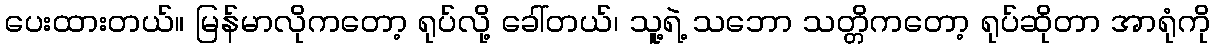
ပေးထားတယ်။ မြန်မာလိုကတော့ ရုပ်လို့ ခေါ်တယ်၊ သူ့ရဲ့ သဘော သတ္တိကတော့ ရုပ်ဆိုတာ အာရုံကို